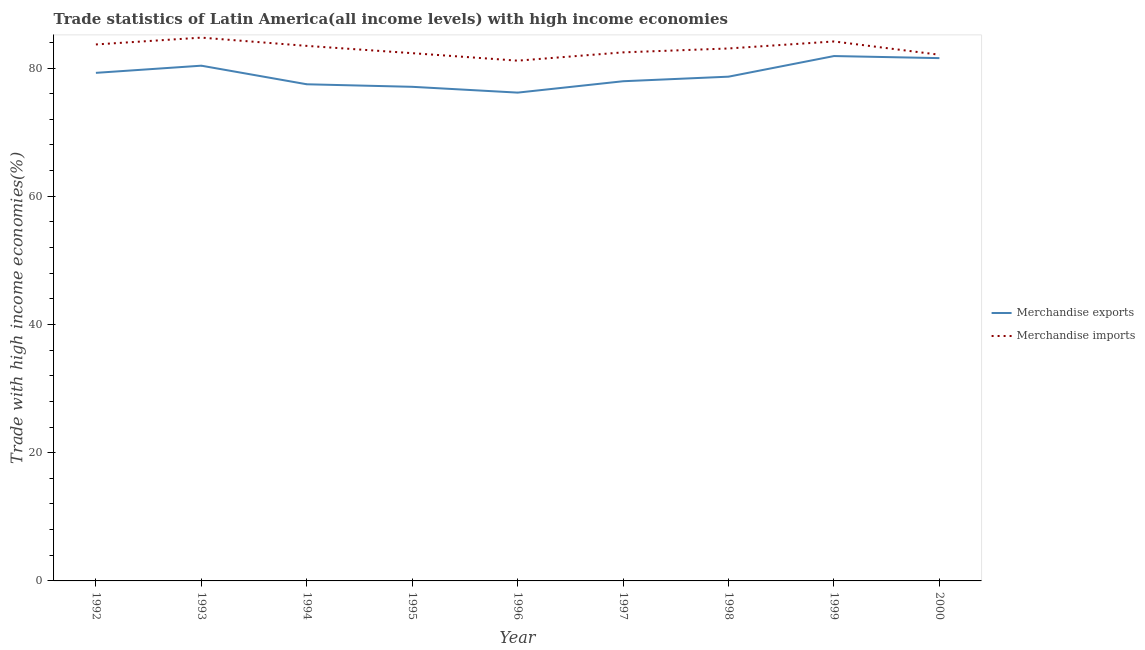
| Year | Merchandise exports | Merchandise imports |
 | --- | --- | --- |
 | 1992 | 79.2 | 83.7 |
 | 1993 | 80.4 | 84.7 |
 | 1994 | 77.5 | 83.5 |
 | 1995 | 77.1 | 82.3 |
 | 1996 | 76.2 | 81.2 |
 | 1997 | 77.9 | 82.4 |
 | 1998 | 78.7 | 83.1 |
 | 1999 | 81.9 | 84.1 |
 | 2000 | 81.5 | 82.1 |